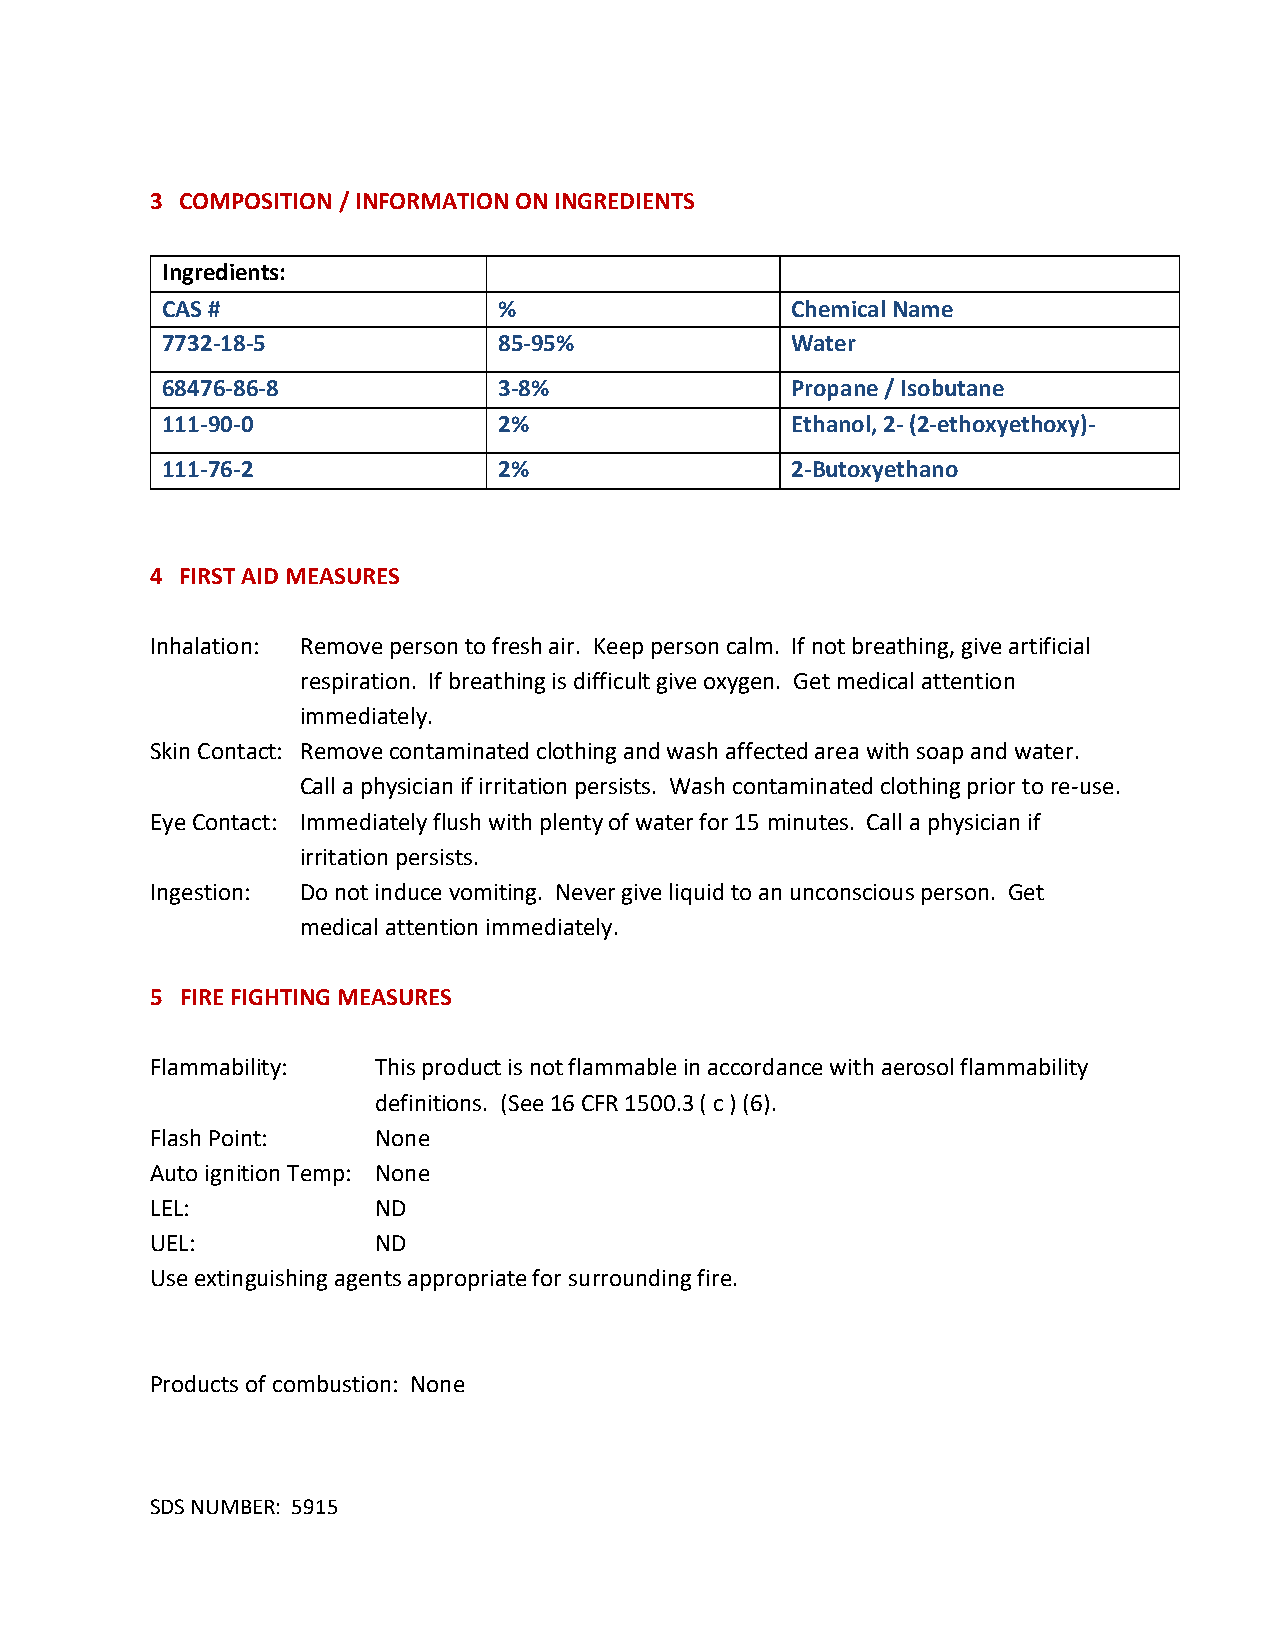
3 COMPOSITION / INFORMATION ON INGREDIENTS
 Ingredients:
 CAS #                 %                  Chemical Name
 7732-18-5             85-95%             Water
 68476-86-8            3-8%               Propane / Isobutane
 111-90-0              2%                 Ethanol, 2- (2-ethoxyethoxy)-
 111-76-2              2%                 2-Butoxyethano
 4 FIRST AID MEASURES
 Inhalation: Remove person to fresh air. Keep person calm. If not breathing, give artificial
 respiration. If breathing is difficult give oxygen. Get medical attention
 immediately.
 Skin Contact: Remove contaminated clothing and wash affected area with soap and water.
 Call a physician if irritation persists. Wash contaminated clothing prior to re-use.
 Eye Contact: Immediately flush with plenty of water for 15 minutes. Call a physician if
 irritation persists.
 Ingestion: Do not induce vomiting. Never give liquid to an unconscious person. Get
 medical attention immediately.
 5 FIRE FIGHTING MEASURES
 Flammability:  This product is not flammable in accordance with aerosol flammability
 definitions. (See 16 CFR 1500.3 ( c ) (6).
 Flash Point:   None
 Auto ignition Temp: None
 LEL:           ND
 UEL:           ND
 Use extinguishing agents appropriate for surrounding fire.
 Products of combustion: None
 SDS NUMBER: 5915